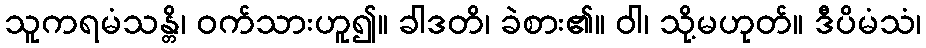
သူကရမံသန္တိ၊ ဝက်သားဟူ၍။ ခါဒတိ၊ ခဲစား၏။ ဝါ၊ သို့မဟုတ်။ ဒီပိမံသံ၊